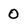
Character: 0